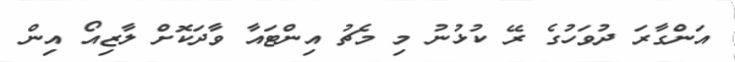
އަންގާރަ ދުވަހުގެ ރޭ ކުޅުނު މި މެޗު އިންޓައާ ވާދަކޮށް ލާޒިއޯ އިން